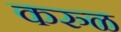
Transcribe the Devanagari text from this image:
करुळ